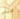
منذ